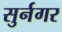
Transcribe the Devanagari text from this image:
सुर्नगर